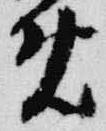
免